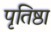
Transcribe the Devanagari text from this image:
पृतिष्ठा